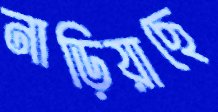
নাড়িয়াছে